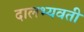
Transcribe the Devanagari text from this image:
दालभ्यवती